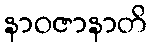
နာဝဇာနာတိ